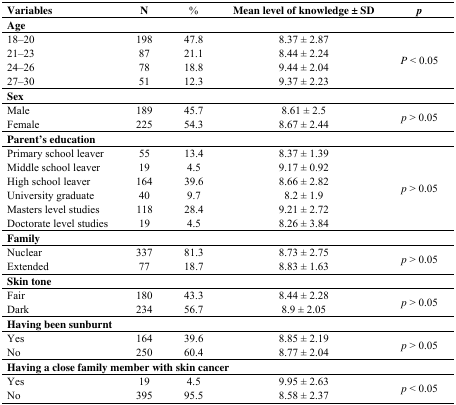
<table><thead><tr><td><b>Variables</b></td><td><b>N</b></td><td><b>%</b></td><td><b>Mean level of knowledge ± SD</b></td><td><b><i>p</i></b></td></tr></thead><tbody><tr><td colspan="3"><b>Age</b></td><td></td><td></td></tr><tr><td>18–20</td><td>198</td><td>47.8</td><td>8.37 ± 2.87</td><td rowspan="4"><i>P</i> &lt; 0.05</td></tr><tr><td>21–23</td><td>87</td><td>21.1</td><td>8.44 ± 2.24</td></tr><tr><td>24–26</td><td>78</td><td>18.8</td><td>9.44 ± 2.04</td></tr><tr><td>27–30</td><td>51</td><td>12.3</td><td>9.37 ± 2.23</td></tr><tr><td colspan="3"><b>Sex</b></td><td></td><td></td></tr><tr><td>Male</td><td>189</td><td>45.7</td><td>8.61 ± 2.5</td><td rowspan="2"><i>p</i> &gt; 0.05</td></tr><tr><td>Female</td><td>225</td><td>54.3</td><td>8.67 ± 2.44</td></tr><tr><td colspan="3"><b>Parent’s education</b></td><td></td><td></td></tr><tr><td>Primary school leaver</td><td>55</td><td>13.4</td><td>8.37 ± 1.39</td><td rowspan="6"><i>p</i> &gt; 0.05</td></tr><tr><td>Middle school leaver</td><td>19</td><td>4.5</td><td>9.17 ± 0.92</td></tr><tr><td>High school leaver</td><td>164</td><td>39.6</td><td>8.66 ± 2.82</td></tr><tr><td>University graduate</td><td>40</td><td>9.7</td><td>8.2 ± 1.9</td></tr><tr><td>Masters level studies</td><td>118</td><td>28.4</td><td>9.21 ± 2.72</td></tr><tr><td>Doctorate level studies</td><td>19</td><td>4.5</td><td>8.26 ± 3.84</td></tr><tr><td colspan="3"><b>Family</b></td><td></td><td></td></tr><tr><td>Nuclear</td><td>337</td><td>81.3</td><td>8.73 ± 2.75</td><td rowspan="2"><i>p</i> &gt; 0.05</td></tr><tr><td>Extended </td><td>77</td><td>18.7</td><td>8.83 ± 1.63</td></tr><tr><td colspan="3"><b>Skin tone</b></td><td></td><td></td></tr><tr><td>Fair </td><td>180</td><td>43.3</td><td>8.44 ± 2.28</td><td rowspan="2"><i>p</i> &gt; 0.05</td></tr><tr><td>Dark</td><td>234</td><td>56.7</td><td>8.9 ± 2.05</td></tr><tr><td colspan="3"><b>Having been sunburnt</b></td><td></td><td></td></tr><tr><td>Yes</td><td>164</td><td>39.6</td><td>8.85 ± 2.19</td><td rowspan="2"><i>p</i> &gt; 0.05</td></tr><tr><td>No</td><td>250</td><td>60.4</td><td>8.77 ± 2.04</td></tr><tr><td colspan="5"><b>Having a close family member with skin cancer</b></td></tr><tr><td>Yes</td><td>19</td><td>4.5</td><td>9.95 ± 2.63</td><td rowspan="2"><i>p</i> &lt; 0.05</td></tr><tr><td>No</td><td>395</td><td>95.5</td><td>8.58 ± 2.37</td></tr></tbody></table>